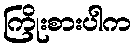
ကြိုးစားပါက